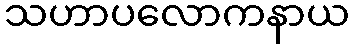
သဟာပလောကနာယ